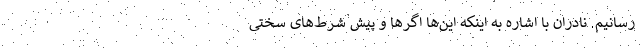
رسانیم. نادران با اشاره به اینکه این‌ها اگر‌ها و پیش شرط‌های سختی